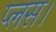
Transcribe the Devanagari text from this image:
प्लस।